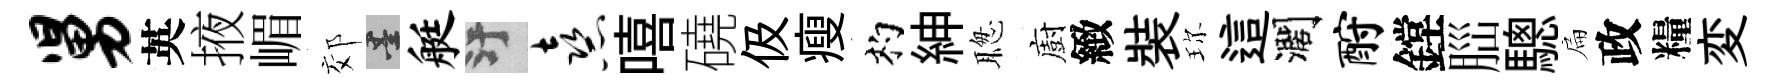
舅英掖嵋郊墨艇污熹嘻磽伋瘦杓紳聦廚緻裝珎這濶酹鏜𦛁驄扁政糧変